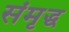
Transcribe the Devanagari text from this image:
संमृद्ध